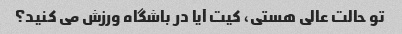
تو حالت عالی هستی، کیت آیا در باشگاه ورزش می کنید؟